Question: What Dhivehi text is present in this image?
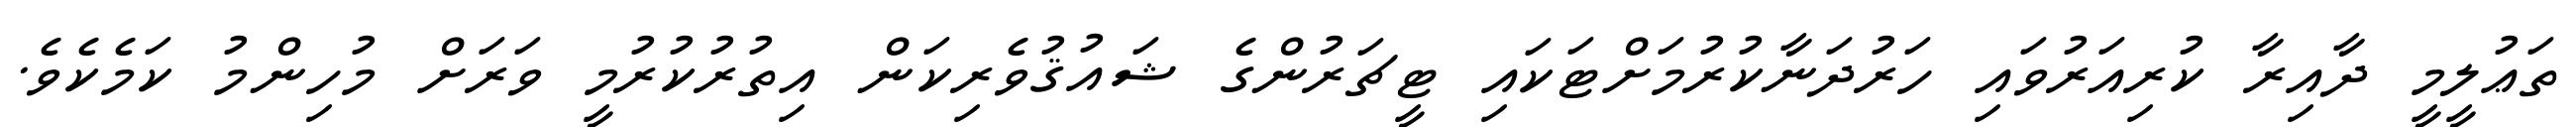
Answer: ތަޢުލީމީ ދާއިރާ ކުރިއަރުވައި ހަރުދަނާކުރުމަށްޓަކައި ޓީޗަރުންގެ ޝައުޤުވެރިކަން އިތުރުކުރުމީ ވަރަށް މުހިންމު ކަމެކެވެ.